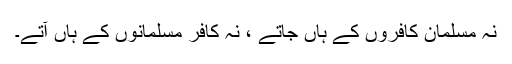
نہ مسلمان کافروں کے ہاں جاتے ، نہ کافر مسلمانوں کے ہاں آتے۔